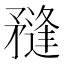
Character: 𥎌